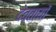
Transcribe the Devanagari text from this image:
देवतायों